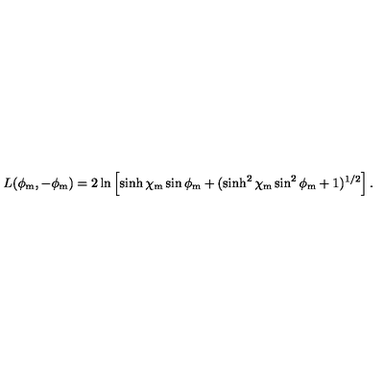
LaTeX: L ( \phi _ { \mathrm { m } } , - \phi _ { \mathrm { m } } ) = 2 \ln \left[ \sinh \chi _ { \mathrm { m } } \sin \phi _ { \mathrm { m } } + ( \sinh ^ { 2 } \chi _ { \mathrm { m } } \sin ^ { 2 } \phi _ { \mathrm { m } } + 1 ) ^ { 1 / 2 } \right] .